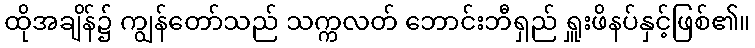
ထိုအချိန်၌ ကျွန်တော်သည် သက္ကလတ် ဘောင်းဘီရှည် ရှူးဖိနပ်နှင့်ဖြစ်၏။